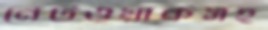
নেটওয়ার্কসহ